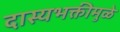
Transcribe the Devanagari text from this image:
दास्यभक्तीमुळे